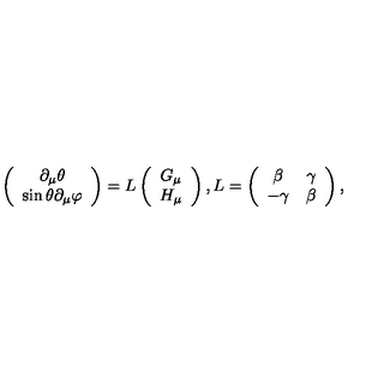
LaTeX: \left( \begin{array} { c } { \partial _ { \mu } \theta } \\ { \sin \theta \partial _ { \mu } \varphi } \\ \end{array} \right) = L \left( \begin{array} { c } { G _ { \mu } } \\ { H _ { \mu } } \\ \end{array} \right) , L = \left( \begin{array} { c c } { \beta } & { \gamma } \\ { - \gamma } & { \beta } \\ \end{array} \right) ,